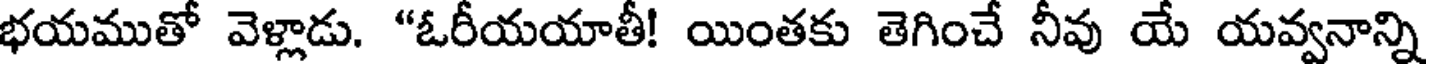
భయముతో వెళ్లాడు. "ఓరీయయాతీ! యింతకు తెగించే నీవు యే యవ్వనాన్ని